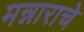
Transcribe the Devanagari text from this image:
मन्नाराचे